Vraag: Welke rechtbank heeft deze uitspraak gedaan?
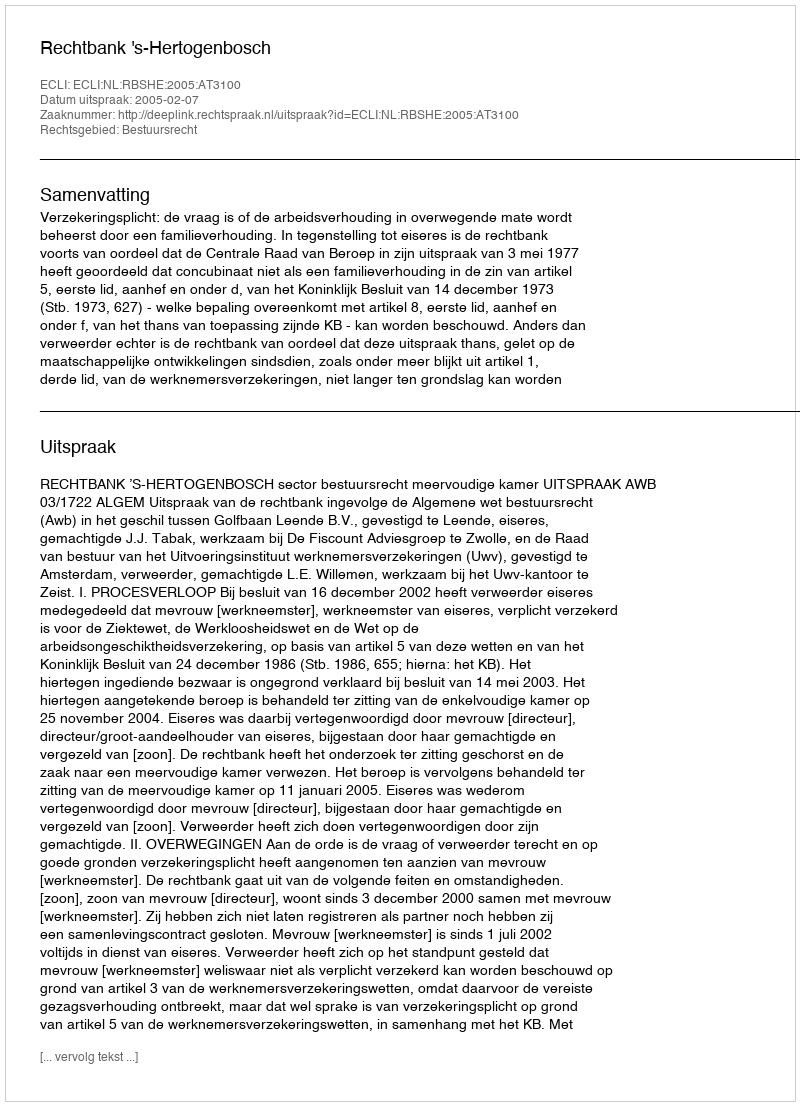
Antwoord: Rechtbank 's-Hertogenbosch